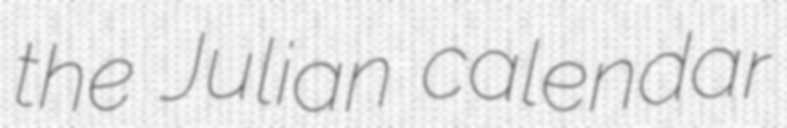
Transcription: the Julian calendar